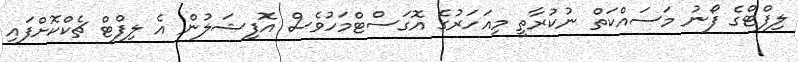
ލިފްޓްގެ ފޯނު މަސައްކަތް ނުކުރާތީ މިއަހަރުގެ އޮގަސްޓްމަހުވެސް އޮފިޝަލުން އެ ލިފްޓް ޗެކްކޮށްފައި